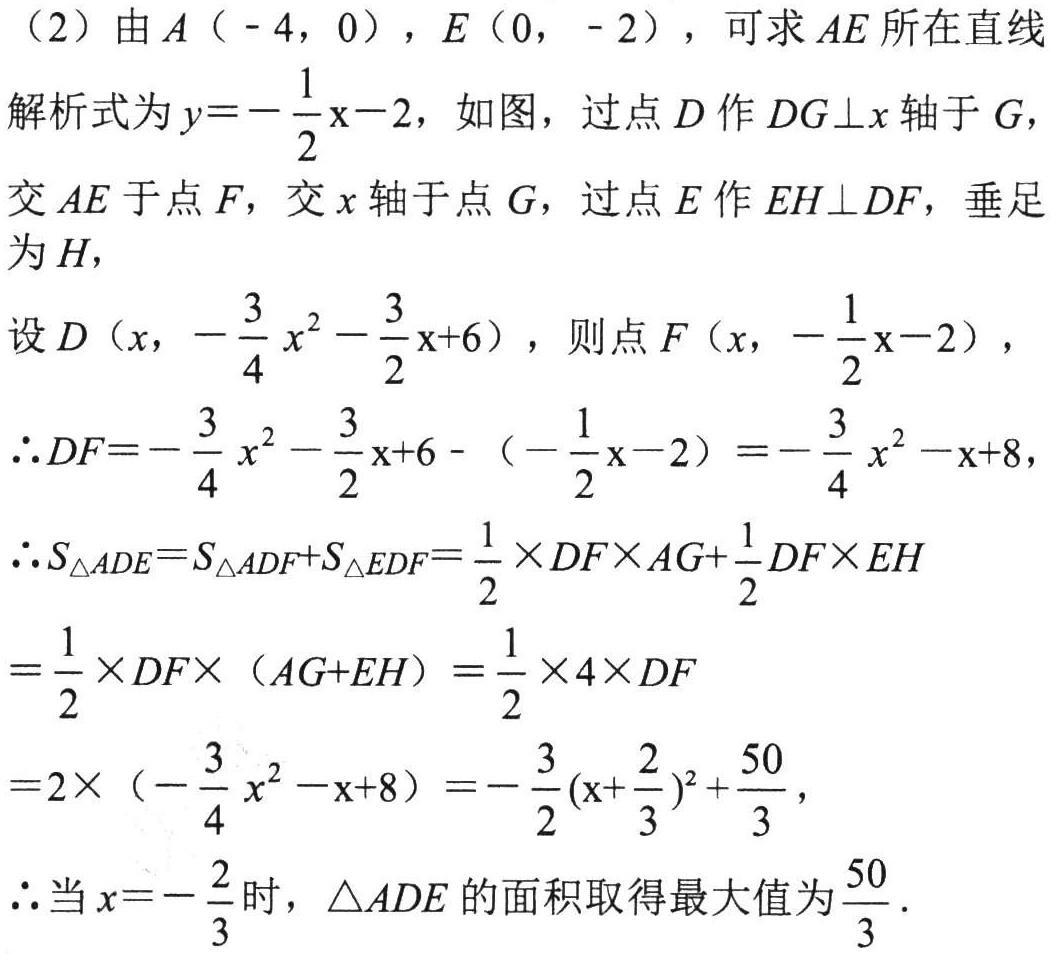
（2）由\(A（ - 4，0）\)，\(E（0， - 2）\)，可求\(AE\)所在直线
解析式为\(y = - \frac{1}{2}x - 2\)，如图，过点\(D\)作\(DG\perp x\)轴于\(G\)，
交\(AE\)于点\(F\)，交\(x\)轴于点\(G\)，过点\(E\)作\(EH\perp DF\)，垂足
为\(H\)，
设\(D（x， - \frac{3}{4}x^{2} - \frac{3}{2}x + 6）\)，则点\(F（x， - \frac{1}{2}x - 2）\)，
\(\therefore DF= - \frac{3}{4}x^{2} - \frac{3}{2}x + 6 - （ - \frac{1}{2}x - 2）= - \frac{3}{4}x^{2} - x + 8\)，
\(\therefore S_{\triangle ADE}=S_{\triangle ADF}+S_{\triangle EDF}=\frac{1}{2}\times DF\times AG+\frac{1}{2}DF\times EH\)
\(=\frac{1}{2}\times DF\times （AG + EH）=\frac{1}{2}\times 4\times DF\)
\(=2\times （ - \frac{3}{4}x^{2} - x + 8）= - \frac{3}{2}(x + \frac{2}{3})^{2}+\frac{50}{3}\)，
\(\therefore\)当\(x = - \frac{2}{3}\)时，\(\triangle ADE\)的面积取得最大值为\(\frac{50}{3}\)．